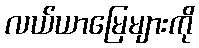
လယ်ယာမြေများကို